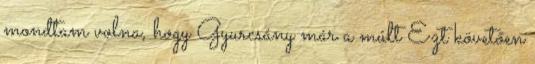
mondtam volna, hogy Gyurcsány már a múlt Ezt követően